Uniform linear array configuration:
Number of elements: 4
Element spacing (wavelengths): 0.25
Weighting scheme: hamming
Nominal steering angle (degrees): -30
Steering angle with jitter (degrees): -30.201
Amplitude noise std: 0.05
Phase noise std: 0.05

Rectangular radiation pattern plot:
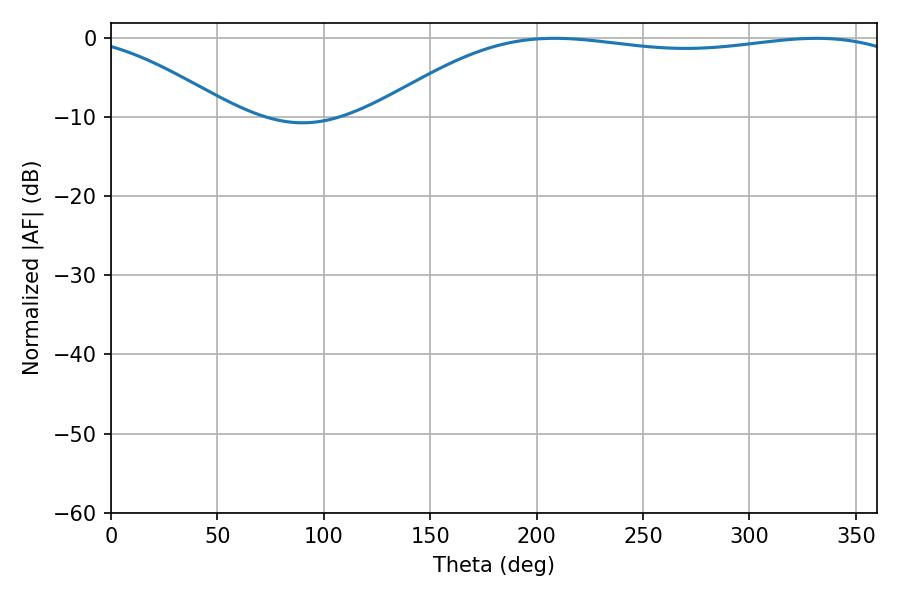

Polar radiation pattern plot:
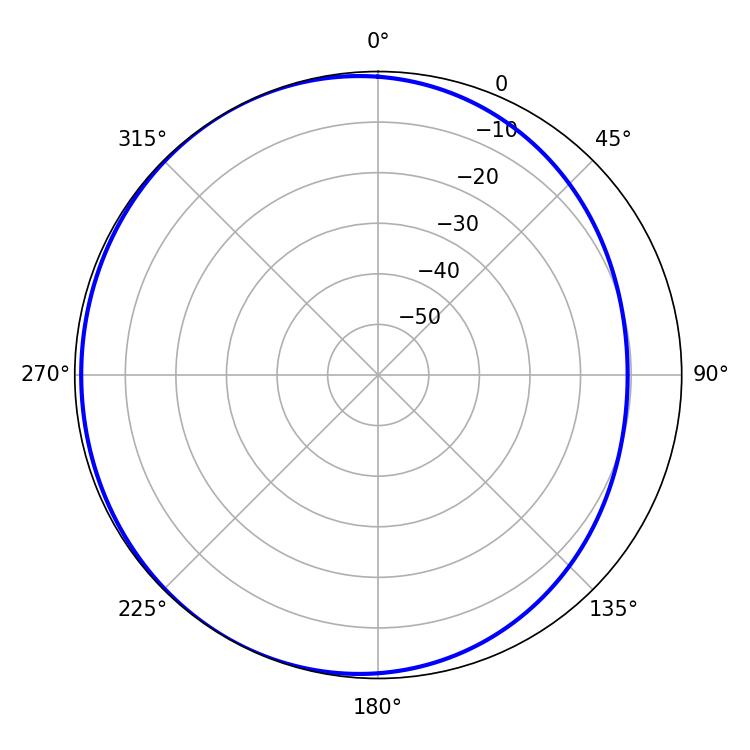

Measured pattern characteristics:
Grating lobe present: FALSE
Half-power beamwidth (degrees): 199.26
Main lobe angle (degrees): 208.44